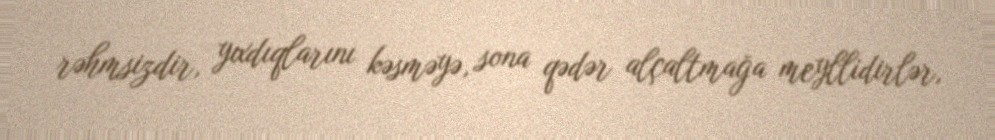
rəhmsizdir, yıxdıqlarını kəsməyə, sona qədər alçaltmağa meyllidirlər,